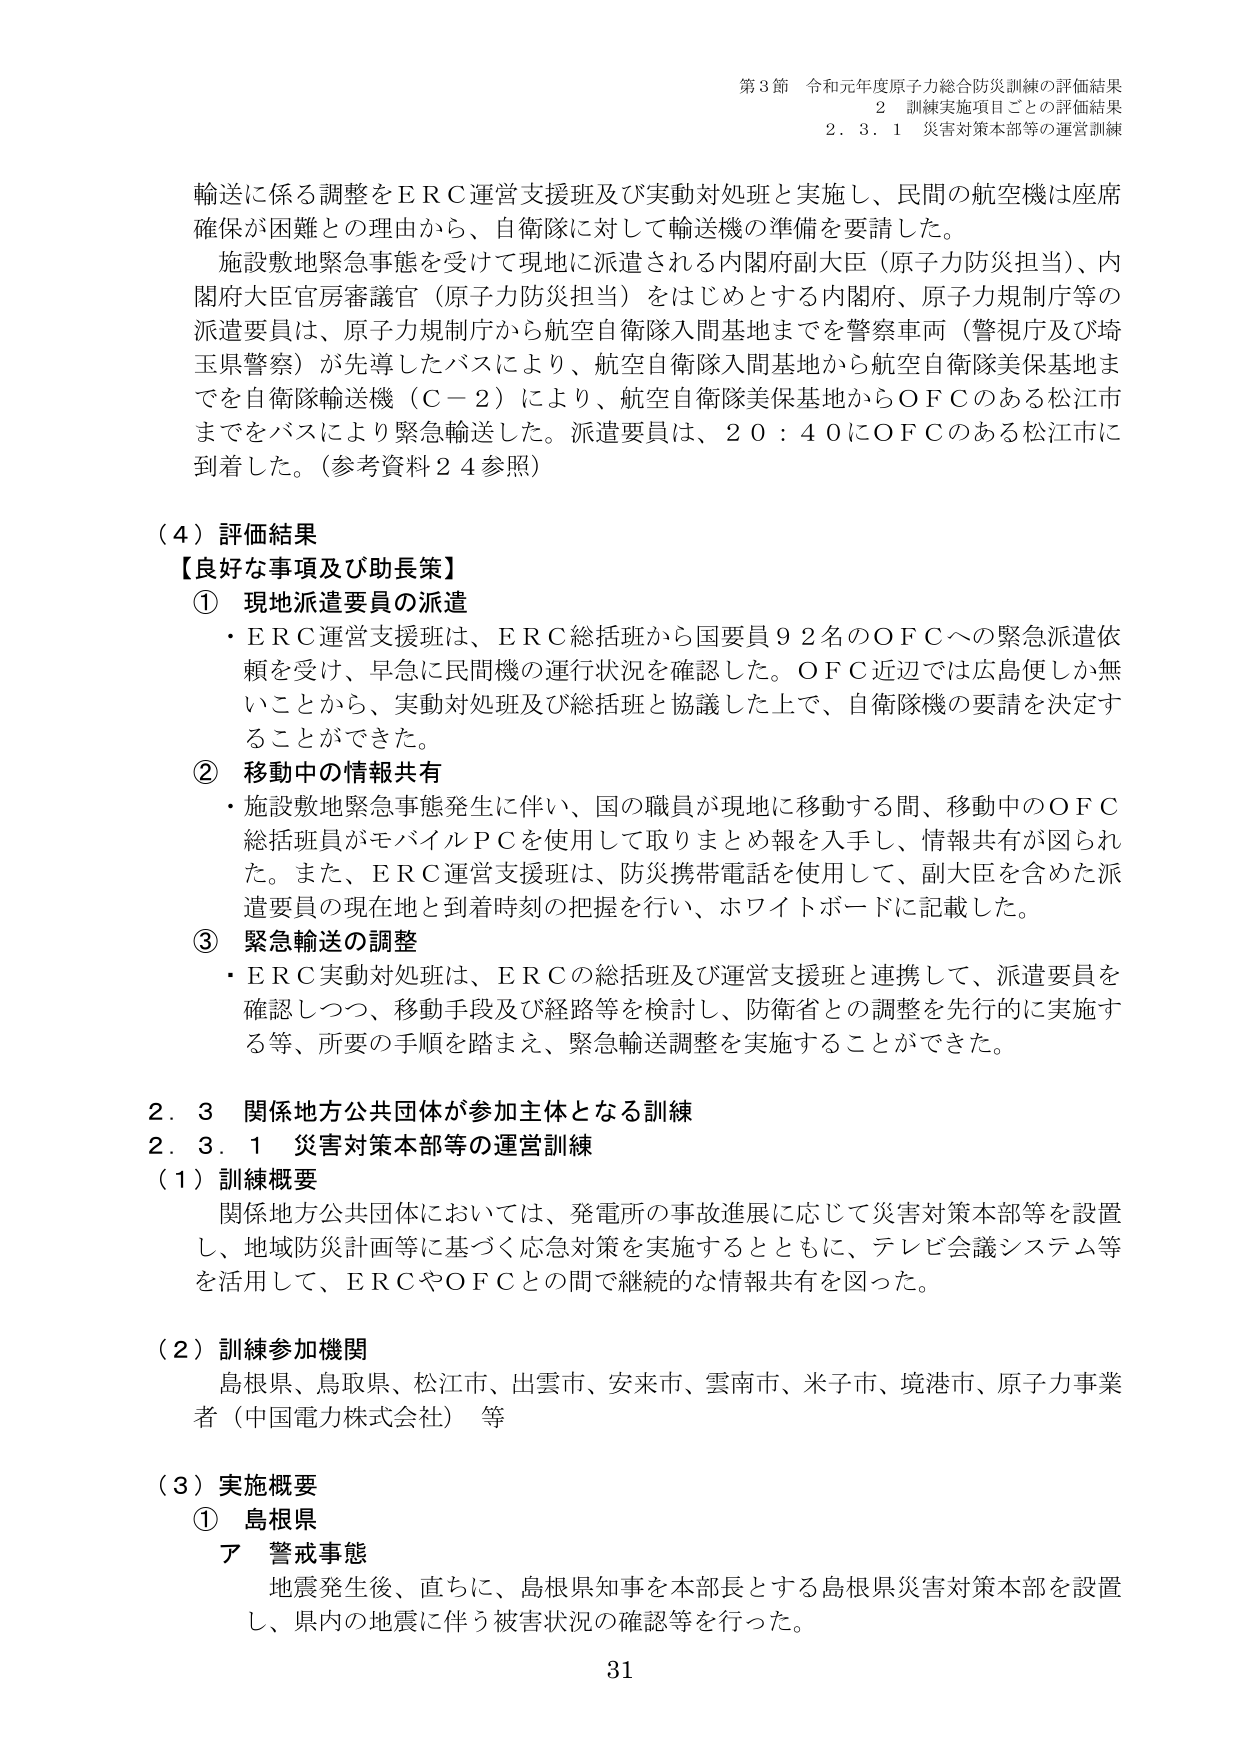
第3節 令和元年度原子力総合防災訓練の評価結果
2 訓練実施項目ごとの評価結果
2.3.1 災害対策本部等の運営訓練

輸送に係る調整をＥＲＣ運営支援班及び実動対処班と実施し、民間の航空機は座席確保が困難との理由から、自衛隊に対して輸送機の準備を要請した。
施設敷地緊急事態を受けて現地に派遣される内閣府副大臣（原子力防災担当）、内閣府大臣官房審議官（原子力防災担当）をはじめとする内閣府、原子力規制庁等の派遣要員は、原子力規制庁から航空自衛隊入間基地までを警察車両（警視庁及び埼玉県警察）が先導したバスにより、航空自衛隊入間基地から航空自衛隊美保基地までを自衛隊輸送機（Ｃ－２）により、航空自衛隊美保基地からＯＦＣのある松江市までをバスにより緊急輸送した。派遣要員は、20：40にＯＦＣのある松江市に到着した。（参考資料24参照）

（4）評価結果
【良好な事項及び助長策】
① 現地派遣要員の派遣
・ＥＲＣ運営支援班は、ＥＲＣ総括班から国要員92名のＯＦＣへの緊急派遣依頼を受け、早急に民間機の運行状況を確認した。ＯＦＣ近辺では広島便しか無いことから、実動対処班及び総括班と協議した上で、自衛隊機の要請を決定することができた。
② 移動中の情報共有
・施設敷地緊急事態発生に伴い、国の職員が現地に移動する間、移動中のＯＦＣ総括班員がモバイルＰＣを使用して取りまとめ報を入手し、情報共有が図られた。また、ＥＲＣ運営支援班は、防災携帯電話を使用して、副大臣を含めた派遣要員の現在地と到着時刻の把握を行い、ホワイトボードに記載した。
③ 緊急輸送の調整
・ＥＲＣ実動対処班は、ＥＲＣの総括班及び運営支援班と連携して、派遣要員を確認しつつ、移動手段及び経路等を検討し、防衛省との調整を先行的に実施する等、所要の手順を踏まえ、緊急輸送調整を実施することができた。

2.3 関係地方公共団体が参加主体となる訓練
2.3.1 災害対策本部等の運営訓練
（1）訓練概要
関係地方公共団体においては、発電所の事故進展に応じて災害対策本部等を設置し、地域防災計画等に基づく応急対策を実施するとともに、テレビ会議システム等を活用して、ＥＲＣやＯＦＣとの間で継続的な情報共有を図った。

（2）訓練参加機関
島根県、鳥取県、松江市、出雲市、安来市、雲南市、米子市、境港市、原子力事業者（中国電力株式会社）等

（3）実施概要
① 島根県
ア 警戒事態
地震発生後、直ちに、島根県知事を本部長とする島根県災害対策本部を設置し、県内の地震に伴う被害状況の確認等を行った。

31